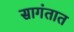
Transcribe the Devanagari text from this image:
सागंतात